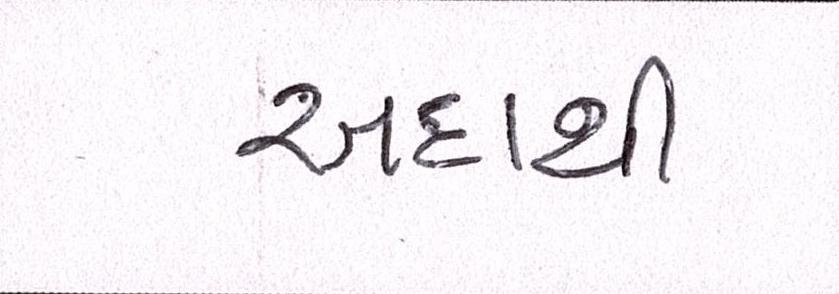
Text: અદાથી